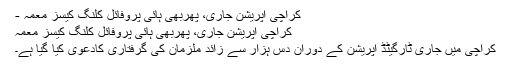
کراچی آپریشن جاری، پھربھی ہائی پروفائل کلنگ کیسز معمہ -
کراچی آپریشن جاری، پھربھی ہائی پروفائل کلنگ کیسز معمہ
کراچی میں جاری ٹارگیٹڈ آپریشن کے دوران دس ہزار سے زائد ملزمان کی گرفتاری کادعویٰ کیا گیا ہے۔